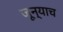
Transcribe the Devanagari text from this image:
जून्याच